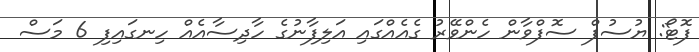
ފޮޓޯ: ޔުސުފް ސޮފްވާން ހެންވޭރު ގެއެއްގައި އަލިފާނުގެ ހާދިސާއެއް ހިނގައިފި 6 މަސް